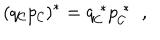
LaTeX: ( q _ { \cal C } p _ { \cal C } ) ^ { * } = q _ { \cal C } ^ { \; * } p _ { \cal C } ^ { \; * } \; \; ,